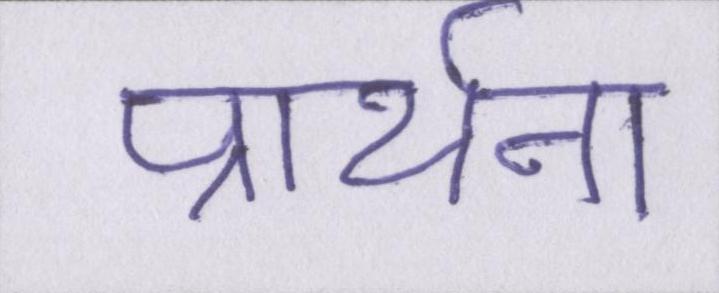
प्रार्थना